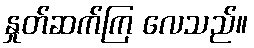
နှုတ်ဆက်ကြ လေသည်။